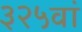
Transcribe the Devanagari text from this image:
३२५वां